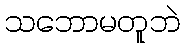
သဘောမတူဘဲ